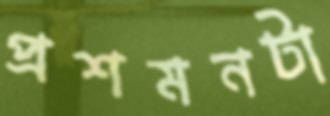
প্রশমনটা